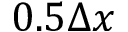
0 . 5 \Delta x